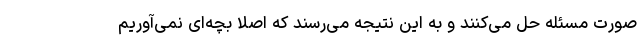
صورت مسئله حل می‌کنند و به این نتیجه می‌رسند که اصلاً بچه‌ای نمی‌آوریم